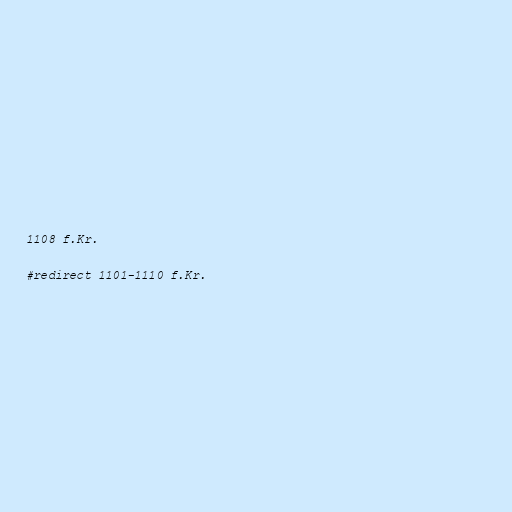
1108 f.Kr.

#redirect 1101-1110 f.Kr.